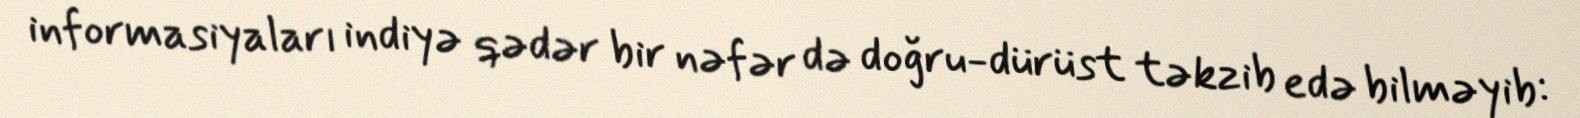
informasiyaları indiyə qədər bir nəfər də doğru-dürüst təkzib edə bilməyib: